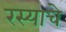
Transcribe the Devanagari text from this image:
रस्याचे